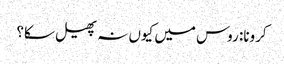
کرونا: روس میں کیوں نہ پھیل سکا؟